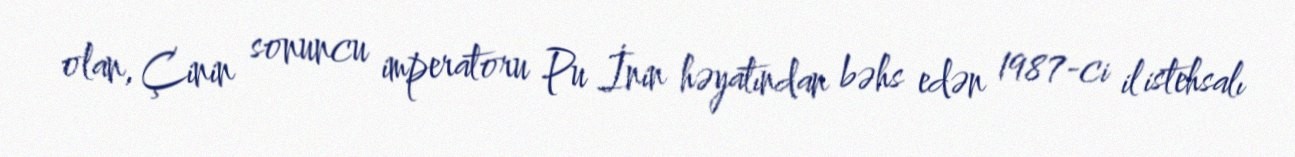
olan, Çinin sonuncu imperatoru Pu İnin həyatından bəhs edən 1987-ci il istehsalı